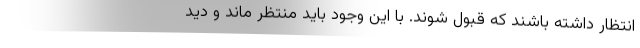
انتظار داشته باشند که قبول شوند. با این وجود باید منتظر ماند و دید